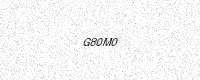
Text: G80M0